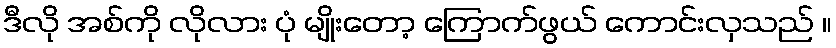
ဒီလို အစ်ကို လိုလား ပုံ မျိုးတော့ ကြောက်ဖွယ် ကောင်းလှသည် ။